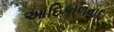
આદિકાળવાદ